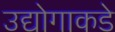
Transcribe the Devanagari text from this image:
उद्योगाकडे